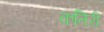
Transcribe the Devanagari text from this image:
कतिरी